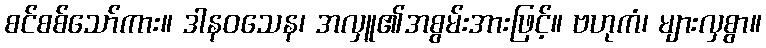
စင်စစ်သော်ကား။ ဒါနဝသေန၊ အလှူ၏အစွမ်းအားဖြင့်။ ဗဟုကံ၊ များလှစွာ။